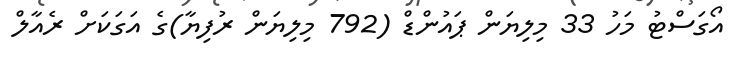
އޯގަސްޓު މަހު 33 މިލިޔަން ޕައުންޑް (792 މިލިޔަން ރުފިޔާ)ގެ އަގަކަށް ރެއާލް